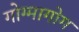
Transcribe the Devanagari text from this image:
गोग्मागोग